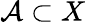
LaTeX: {\mathcal{A}}\subset X